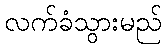
လက်ခံသွားမည်